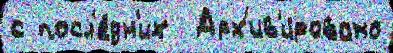
с посл'е́дн'их  Арх'ив'и́ровано